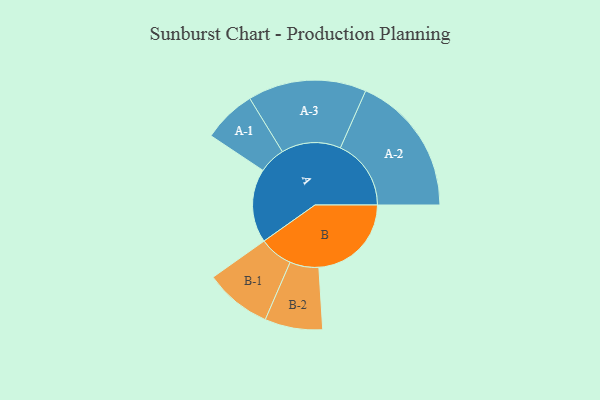
{"axis": {"x": "Segment", "y": "Value"}, "legend": ["", "A", "B"], "data": [{"x": "A", "y": 291, "type": ""}, {"x": "B", "y": 365, "type": ""}, {"x": "A-1", "y": 105, "type": "A"}, {"x": "A-2", "y": 279, "type": "A"}, {"x": "A-3", "y": 234, "type": "A"}, {"x": "B-1", "y": 132, "type": "B"}, {"x": "B-2", "y": 114, "type": "B"}]}